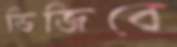
ভিজিবে